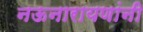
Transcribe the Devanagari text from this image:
नऊनारायणांनी